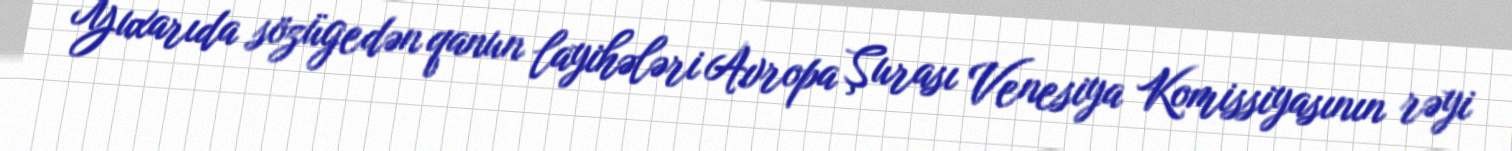
Yuxarıda sözügedən qanun layihələri Avropa Şurası Venesiya Komissiyasının rəyi